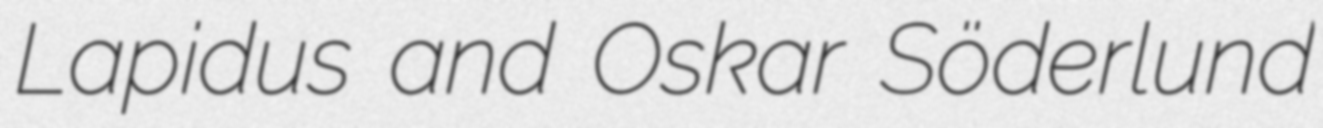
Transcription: Lapidus and Oskar Söderlund